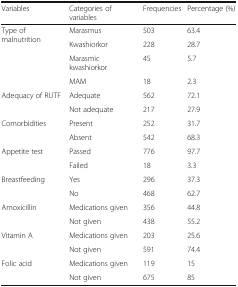
| Variables | Categories of variables | Frequencies | Percentage (%) |
 | --- | --- | --- | --- |
 | <ROWSPAN=4> Type of malnutrition | Marasmus | 503 | 63.4 |
 | Kwashiorkor | 228 | 28.7 |
 | Marasmic kwashiorkor | 45 | 5.7 |
 | MAM | 18 | 2.3 |
 | <ROWSPAN=2> Adequacy of RUTF | Adequate | 562 | 72.1 |
 | Not adequate | 217 | 27.9 |
 | <ROWSPAN=2> Comorbidities | Present | 252 | 31.7 |
 | Absent | 542 | 68.3 |
 | <ROWSPAN=2> Appetite test | Passed | 776 | 97.7 |
 | Failed | 18 | 3.3 |
 | <ROWSPAN=2> Breastfeeding | Yes | 296 | 37.3 |
 | No | 468 | 62.7 |
 | <ROWSPAN=2> Amoxicillin | Medications given | 356 | 44.8 |
 | Not given | 438 | 55.2 |
 | <ROWSPAN=2> Vitamin A | Medications given | 203 | 25.6 |
 | Not given | 591 | 74.4 |
 | <ROWSPAN=2> Folic acid | Medications given | 119 | 15 |
 | Not given | 675 | 85 |